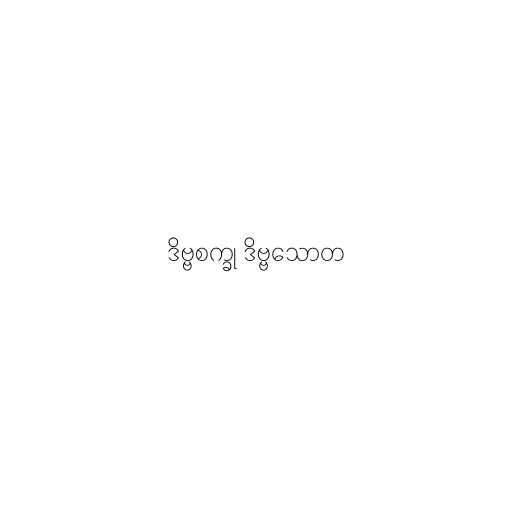
ဒိဗ္ဗစက္ခု ဒိဗ္ဗသောတ